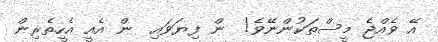
އޭ ވެއްޖެ މީސްތަކުންނޭވެ!  ން ފިޔަވައި  ން އެއީ އެހީތެރިން